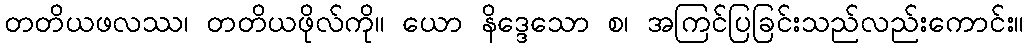
တတိယဖလဿ၊ တတိယဖိုလ်ကို။ ယော နိဒ္ဒေသော စ၊ အကြင်ပြခြင်းသည်လည်းကောင်း။